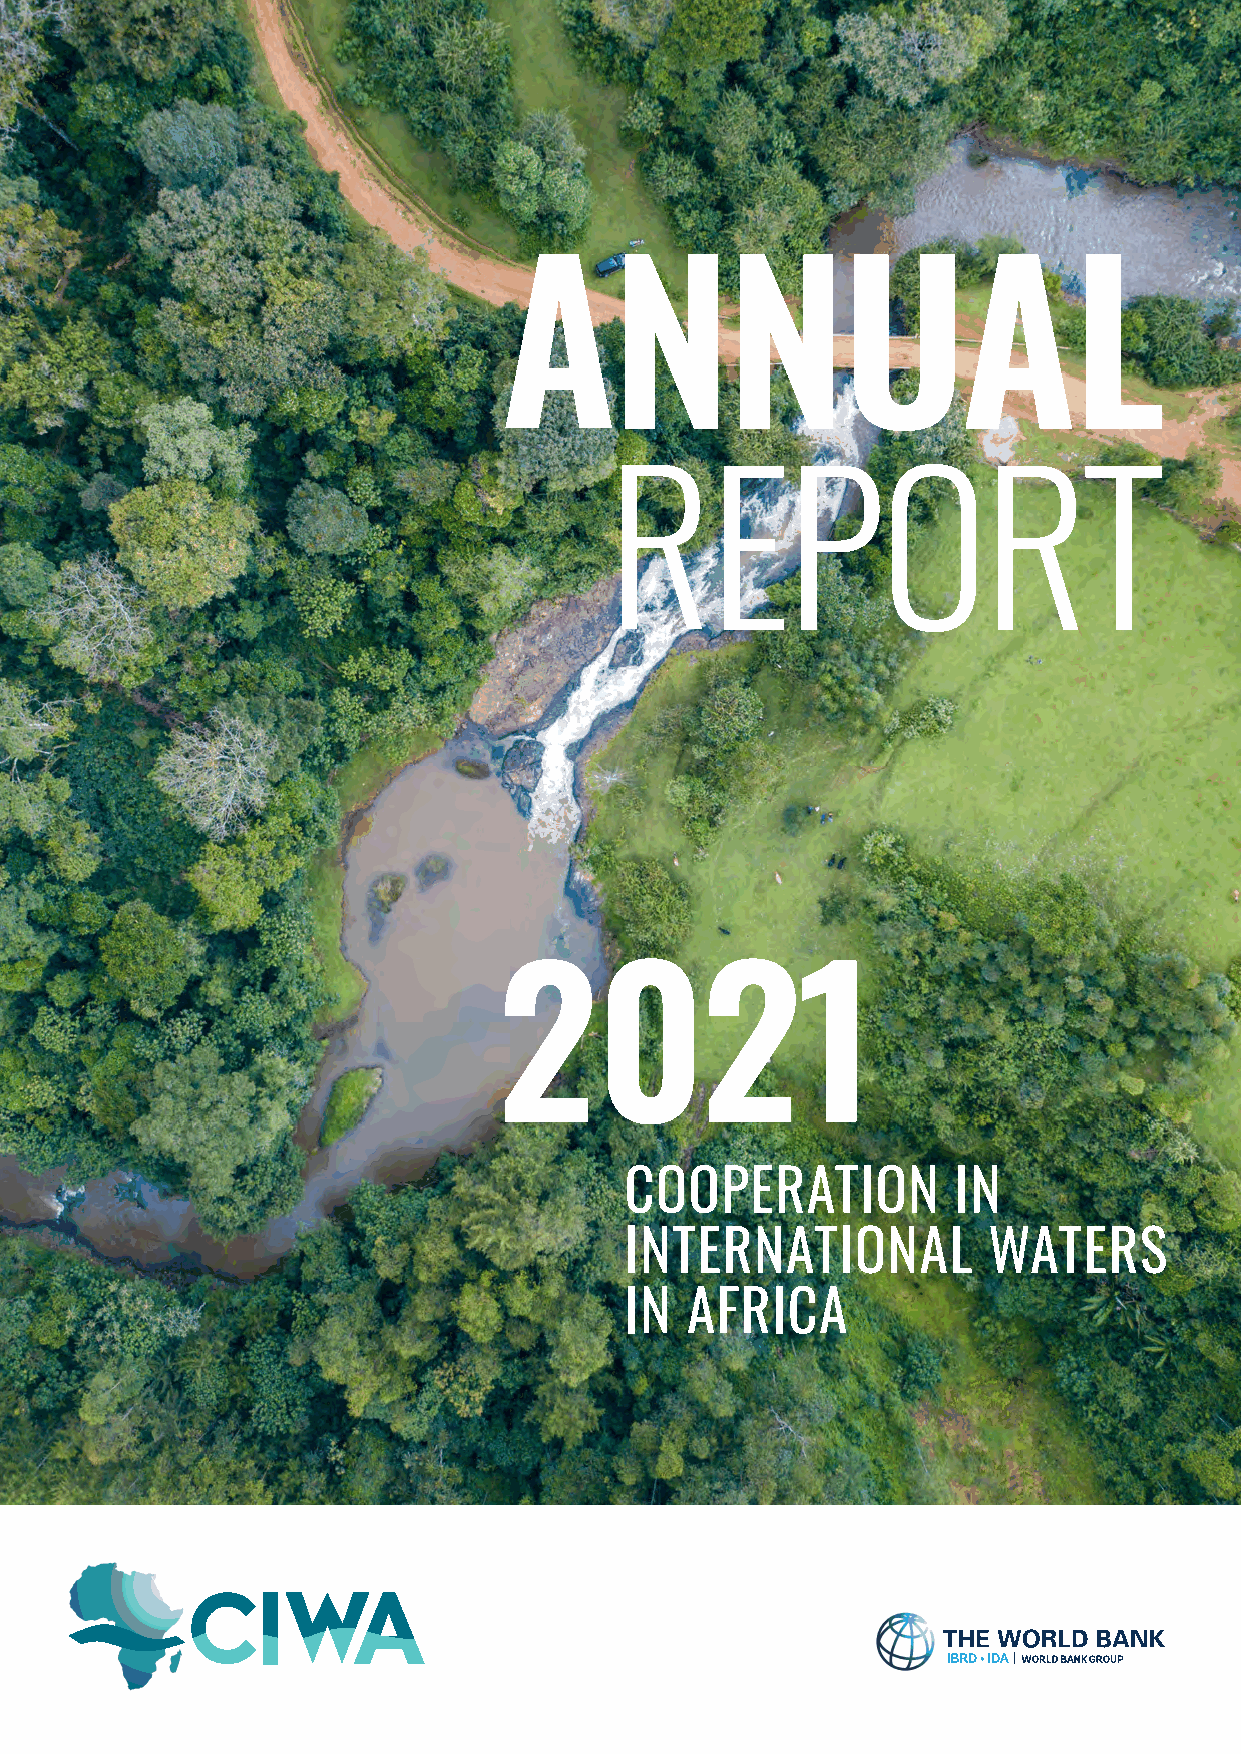
COOPERATION           IN
 INTERNATIONAL           WATERS
 IN  AFRICA